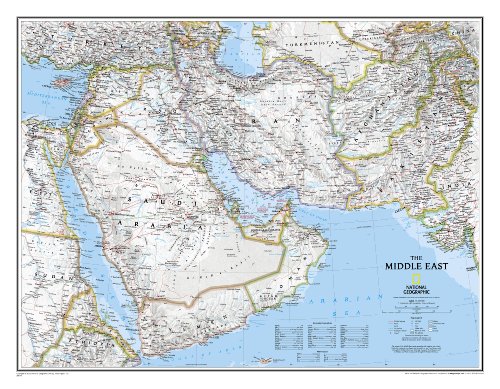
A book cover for Afghanistan, Pakistan, and the Middle East Wall Map; National Geographic Maps - Reference; Reference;